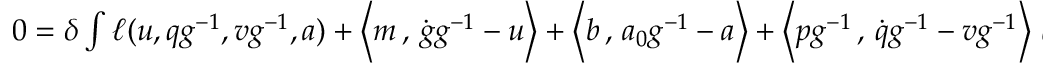
\begin{array} { r } { 0 = \delta \int \ell ( u , q g ^ { - 1 } , v g ^ { - 1 } , a ) + \left< m \, , \, \dot { g } g ^ { - 1 } - u \right> + \left< b \, , \, a _ { 0 } g ^ { - 1 } - a \right> + \left< p g ^ { - 1 } \, , \, \Dot { q } g ^ { - 1 } - v g ^ { - 1 } \right> \, d t \, , } \end{array}